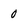
Character: 0